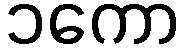
၁ကော